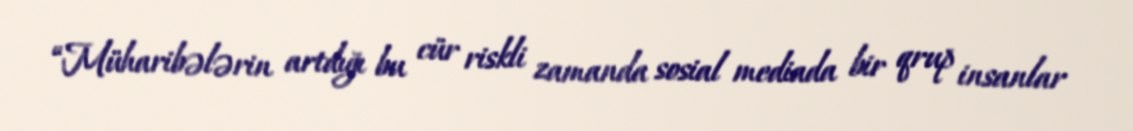
“Müharibələrin artdığı bu cür riskli zamanda sosial mediada bir qrup insanlar